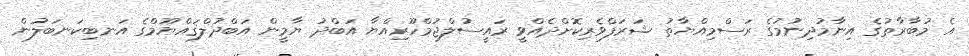
އެ މުބާރާތުގެ އިނާމުދިނުމުގެ ރަސްމިއްޔާތު ޝަރަފްވެރިކޮށްދެއްވީ ރައީސުލްޖުމްހޫރިއްޔާ އަބްދު ޔާމީން އަބްދުލްޤައްޔޫމްގެ އަނބިކަނބަލުން